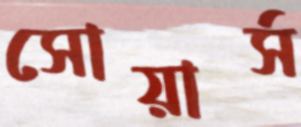
সোয়ার্স